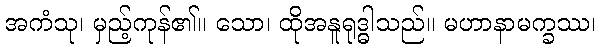
အကံသု၊ မှည့်ကုန်၏။ သော၊ ထိုအနူရုဒ္ဓါသည်။ မဟာနာမက္ခဿ၊